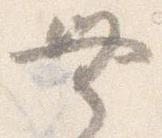
無